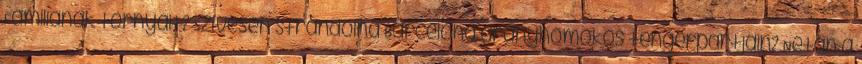
Familiának tornyait? Szívesen strandolna Barcelona aranyhomokos tengerpartjain? Netán a